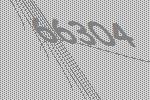
66304